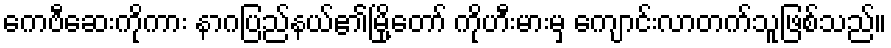
ကေဗီဆေးကိုကား နာဂပြည်နယ်၏မြို့တော် ကိုဟီးမားမှ ကျောင်းလာတက်သူဖြစ်သည်။